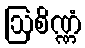
ဩစိဏ္ဏံ